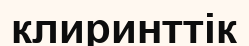
клиринттік